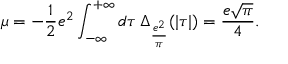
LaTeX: \mu = - \frac { 1 } { 2 } e ^ { 2 } \int _ { - \infty } ^ { + \infty } d \tau \, \Delta _ { \frac { e ^ { 2 } } { \pi } } ( | \tau | ) = \frac { e \sqrt { \pi } } { 4 } .